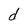
Character: d